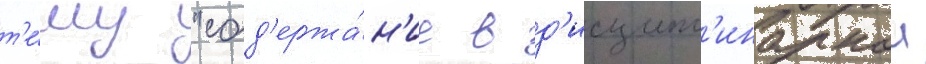
т'е́му "сод'ержа́н'ие в д'исципл'инарнои